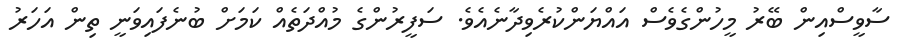
ސާވީސްއިން ބޭރު މީހުންގެވެސް އައްޔަންކުރެވިދާނެއެވެ. ސަފީރުންގެ މުއްދަތެއް ކަމަށް ބުނެފައިވަނީ ތިން އަހަރު